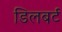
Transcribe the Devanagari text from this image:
डिलबर्ट